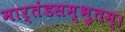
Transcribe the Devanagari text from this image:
मार्तंडसम्भुतम्।